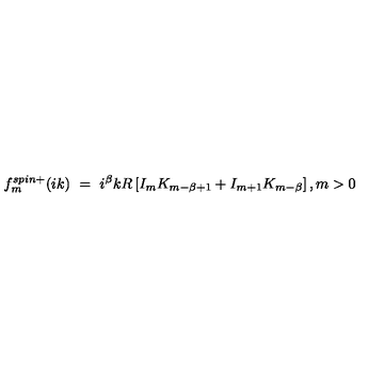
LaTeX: f _ { m } ^ { s p i n + } ( i k ) \ = \ i ^ { \beta } k R \left[ I _ { m } K _ { m - \beta + 1 } + I _ { m + 1 } K _ { m - \beta } \right] , m > 0